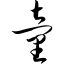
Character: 童